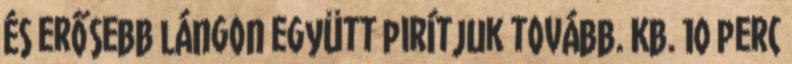
és erősebb lángon együtt pirítjuk tovább. Kb. 10 perc